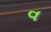
વ